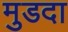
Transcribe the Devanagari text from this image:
मुडदा